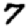
Digit: 7